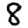
Digit: 8